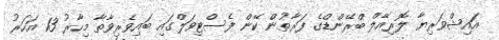
އައިޝްވަރިޔާ ލޮރިއޭލް ބްރޭންޑްގެ ފަރާތުން ކޭން ފެސްޓިވަލްގައި ބައިވެރިވާތާ މިހާރު 13 އަހަރު